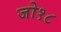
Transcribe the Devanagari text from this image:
जो१८